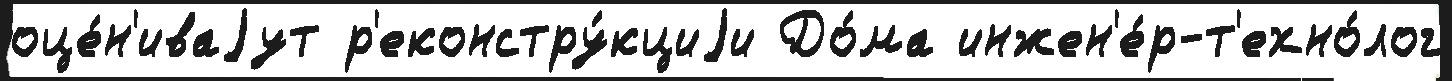
оце́н'иваjут р'еконстру́кциjи До́ма инжен'е́р-т'ехно́лог